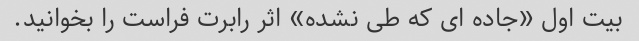
بیت اول «جاده ای که طی نشده» اثر رابرت فراست را بخوانید.